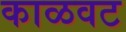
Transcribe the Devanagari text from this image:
काळवट